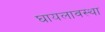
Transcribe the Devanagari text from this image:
घायलावस्था